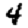
Digit: 4